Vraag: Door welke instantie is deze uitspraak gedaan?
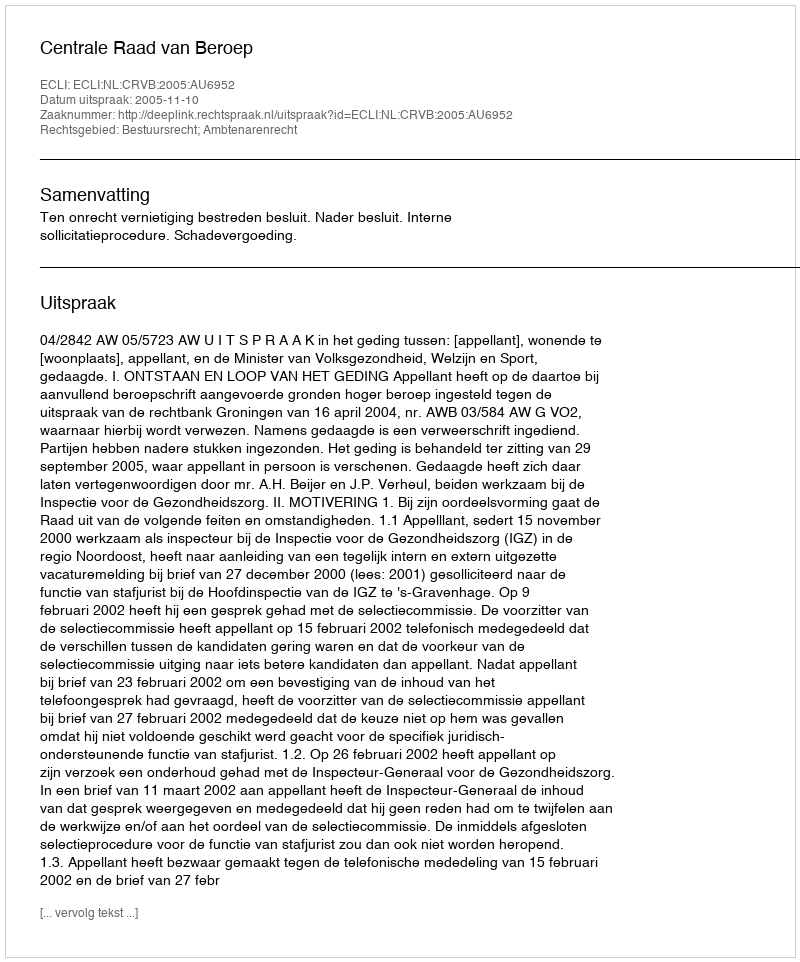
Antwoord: Centrale Raad van Beroep